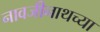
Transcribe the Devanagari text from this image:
नावजीनाथच्या